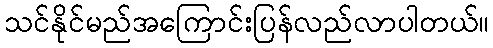
သင်နိုင်မည်အကြောင်းပြန်လည်လာပါတယ်။